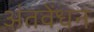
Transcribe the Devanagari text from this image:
अंतवेंधन